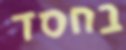
בחסד